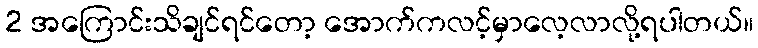
2 အကြောင်းသိချင်ရင်တော့ အောက်ကလင့်မှာလေ့လာလို့ရပါတယ်။